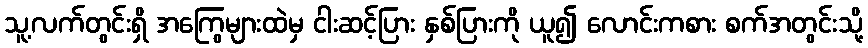
သူ့လက်တွင်းရှိ အကြွေများထဲမှ ငါးဆင့်ပြား နှစ်ပြားကို ယူ၍ လောင်းကစား စက်အတွင်းသို့